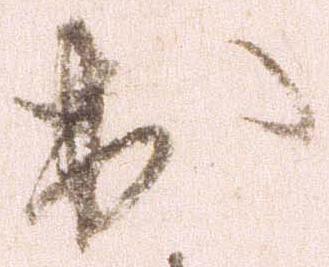
出